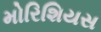
મોરિશિયસ